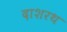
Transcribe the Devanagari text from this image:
दाशरथ